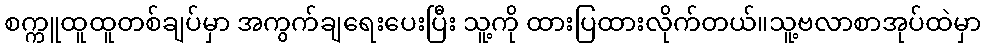
စက္ကူထူထူတစ်ချပ်မှာ အကွက်ချရေးပေးပြီး သူ့ကို ထားပြထားလိုက်တယ်။သူ့ဗလာစာအုပ်ထဲမှာ